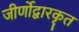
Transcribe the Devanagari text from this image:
जीर्णोद्वारकृत